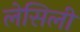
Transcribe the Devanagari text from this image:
लेसिली